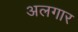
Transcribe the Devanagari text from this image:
अलगार